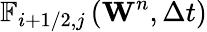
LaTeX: {{\mathbb{F}}_{i+1/2,j}}\left({{\mathbf{W}}^{n}},\Delta t\right)